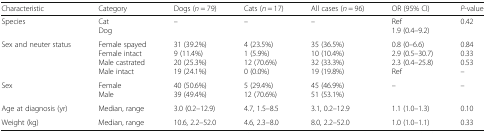
<table><thead><tr><td><b>Characteristic</b></td><td><b>Category</b></td><td><b>Dogs (<i>n</i> = 79)</b></td><td><b>Cats (<i>n</i> = 17)</b></td><td><b>All cases (<i>n</i> = 96)</b></td><td><b>OR (95% CI)</b></td><td><b><i>P</i>-value</b></td></tr></thead><tbody><tr><td>Species</td><td>CatDog</td><td>–</td><td>–</td><td>–</td><td>Ref1.9 (0.4–9.2)</td><td>0.42</td></tr><tr><td>Sex and neuter status</td><td>Female spayedFemale intactMale castratedMale intact</td><td>31 (39.2%)9 (11.4%)20 (25.3%)19 (24.1%)</td><td>4 (23.5%)1 (5.9%)12 (70.6%)0 (0.0%)</td><td>35 (36.5%)10 (10.4%)32 (33.3%)19 (19.8%)</td><td>0.8 (0–6.6)2.9 (0.5–30.7)2.3 (0.4–25.8)Ref</td><td>0.840.330.53–</td></tr><tr><td>Sex</td><td>FemaleMale</td><td>40 (50.6%)39 (49.4%)</td><td>5 (29.4%)12 (70.6%)</td><td>45 (46.9%)51 (53.1%)</td><td>–</td><td>–</td></tr><tr><td>Age at diagnosis (yr)</td><td>Median, range</td><td>3.0 (0.2–12.9)</td><td>4.7, 1.5–8.5</td><td>3.1, 0.2–12.9</td><td>1.1 (1.0–1.3)</td><td>0.10</td></tr><tr><td>Weight (kg)</td><td>Median, range</td><td>10.6, 2.2–52.0</td><td>4.6, 2.3–8.0</td><td>8.0, 2.2–52.0</td><td>1.0 (1.0–1.1)</td><td>0.33</td></tr></tbody></table>